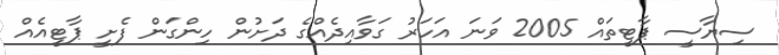
ސިޔާސީ ޕާޓީތައް 2005 ވަނަ އަހަރު ގަވާއިދެއްގެ ދަށުން ހިންގަން ފެށީ ޕާޓީއެއް